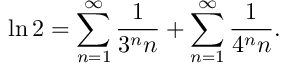
\ln 2 = \sum _ { n = 1 } ^ { \infty } { \frac { 1 } { 3 ^ { n } n } } + \sum _ { n = 1 } ^ { \infty } { \frac { 1 } { 4 ^ { n } n } } .